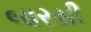
બારસી